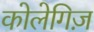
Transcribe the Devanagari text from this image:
कोलेगिज़